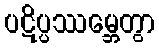
ပဋိပ္ပဿမ္ဘေတွာ